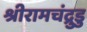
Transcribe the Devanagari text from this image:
श्रीरामचंद्रुडु